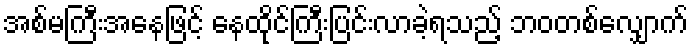
အစ်မကြီးအနေဖြင့် နေထိုင်ကြီးပြင်းလာခဲ့ရသည့် ဘဝတစ်လျှောက်